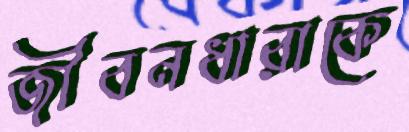
জীবনধারাকে